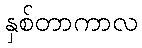
နှစ်တာကာလ